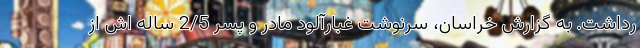
رداشت. به گزارش خراسان، سرنوشت غبارآلود مادر و پسر 2/5 ساله اش از